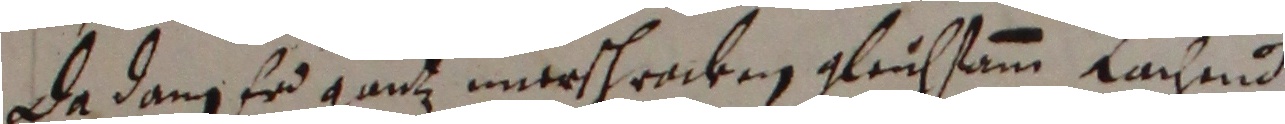
de ang er ach unrschreiken, glichtem lachnd